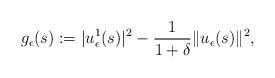
LaTeX: \begin{align*}g_\epsilon(s):=|u_\epsilon^1(s)|^2-\frac{1}{1+\delta}\|u_\epsilon(s)\|^2,\end{align*}